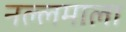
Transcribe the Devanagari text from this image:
नल्लमाला